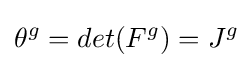
\theta ^{g}=det(F^{g})=J^{g}